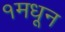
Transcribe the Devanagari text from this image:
१मधून